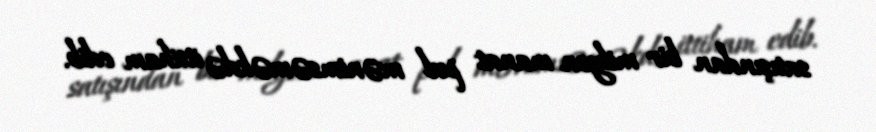
satışından bir milyon manat pul mənimsəməkdə ittiham edib.